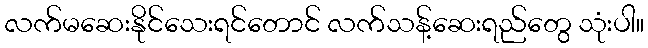
လက်မဆေးနိုင်သေးရင်တောင် လက်သန့်ဆေးရည်တွေ သုံးပါ။